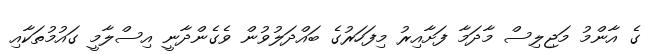
ގެ އާންމު މަޖިލިސް މާދަމާ ފަށާއިރު މިފަހަރުގެ ބައްދަލުވުން ވެގެންދާނީ އިސްލާމީ ގައުމުތަކާއި